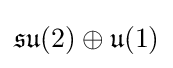
{\mathfrak {su}}(2)\oplus {\mathfrak {u}}(1)